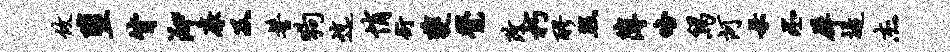
攸堕背泖廉及髻狗迄悄衍夔觉改朽醪照薄咯舄河母丕犀堤杰